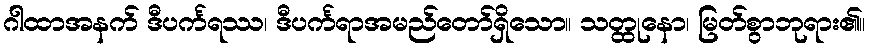
ဂါထာအနက် ဒီပင်္ကရဿ၊ ဒီပင်္ကရာအမည်တော်ရှိသော။ သတ္ထုနော၊ မြတ်စွာဘုရား၏။